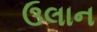
ઉલાન